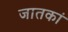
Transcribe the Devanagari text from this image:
जातकां